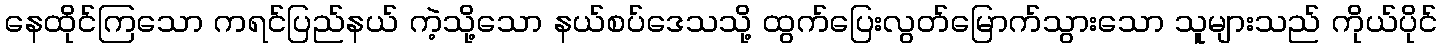
နေထိုင်ကြသော ကရင်ပြည်နယ် ကဲ့သို့သော နယ်စပ်ဒေသသို့ ထွက်ပြေးလွတ်မြောက်သွားသော သူများသည် ကိုယ်ပိုင်